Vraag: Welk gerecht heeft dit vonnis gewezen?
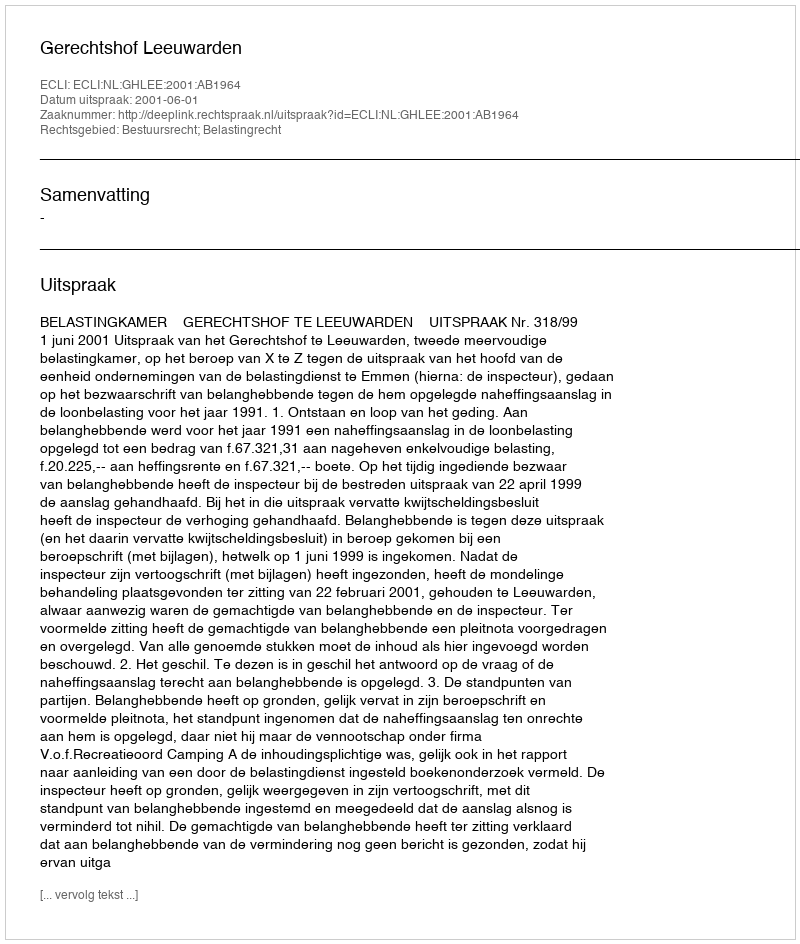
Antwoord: Gerechtshof Leeuwarden